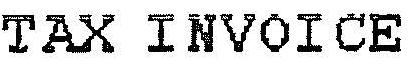
TAX INVOICE